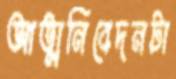
আত্মনিবেদনটা